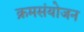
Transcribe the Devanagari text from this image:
क्रमसंयोजन